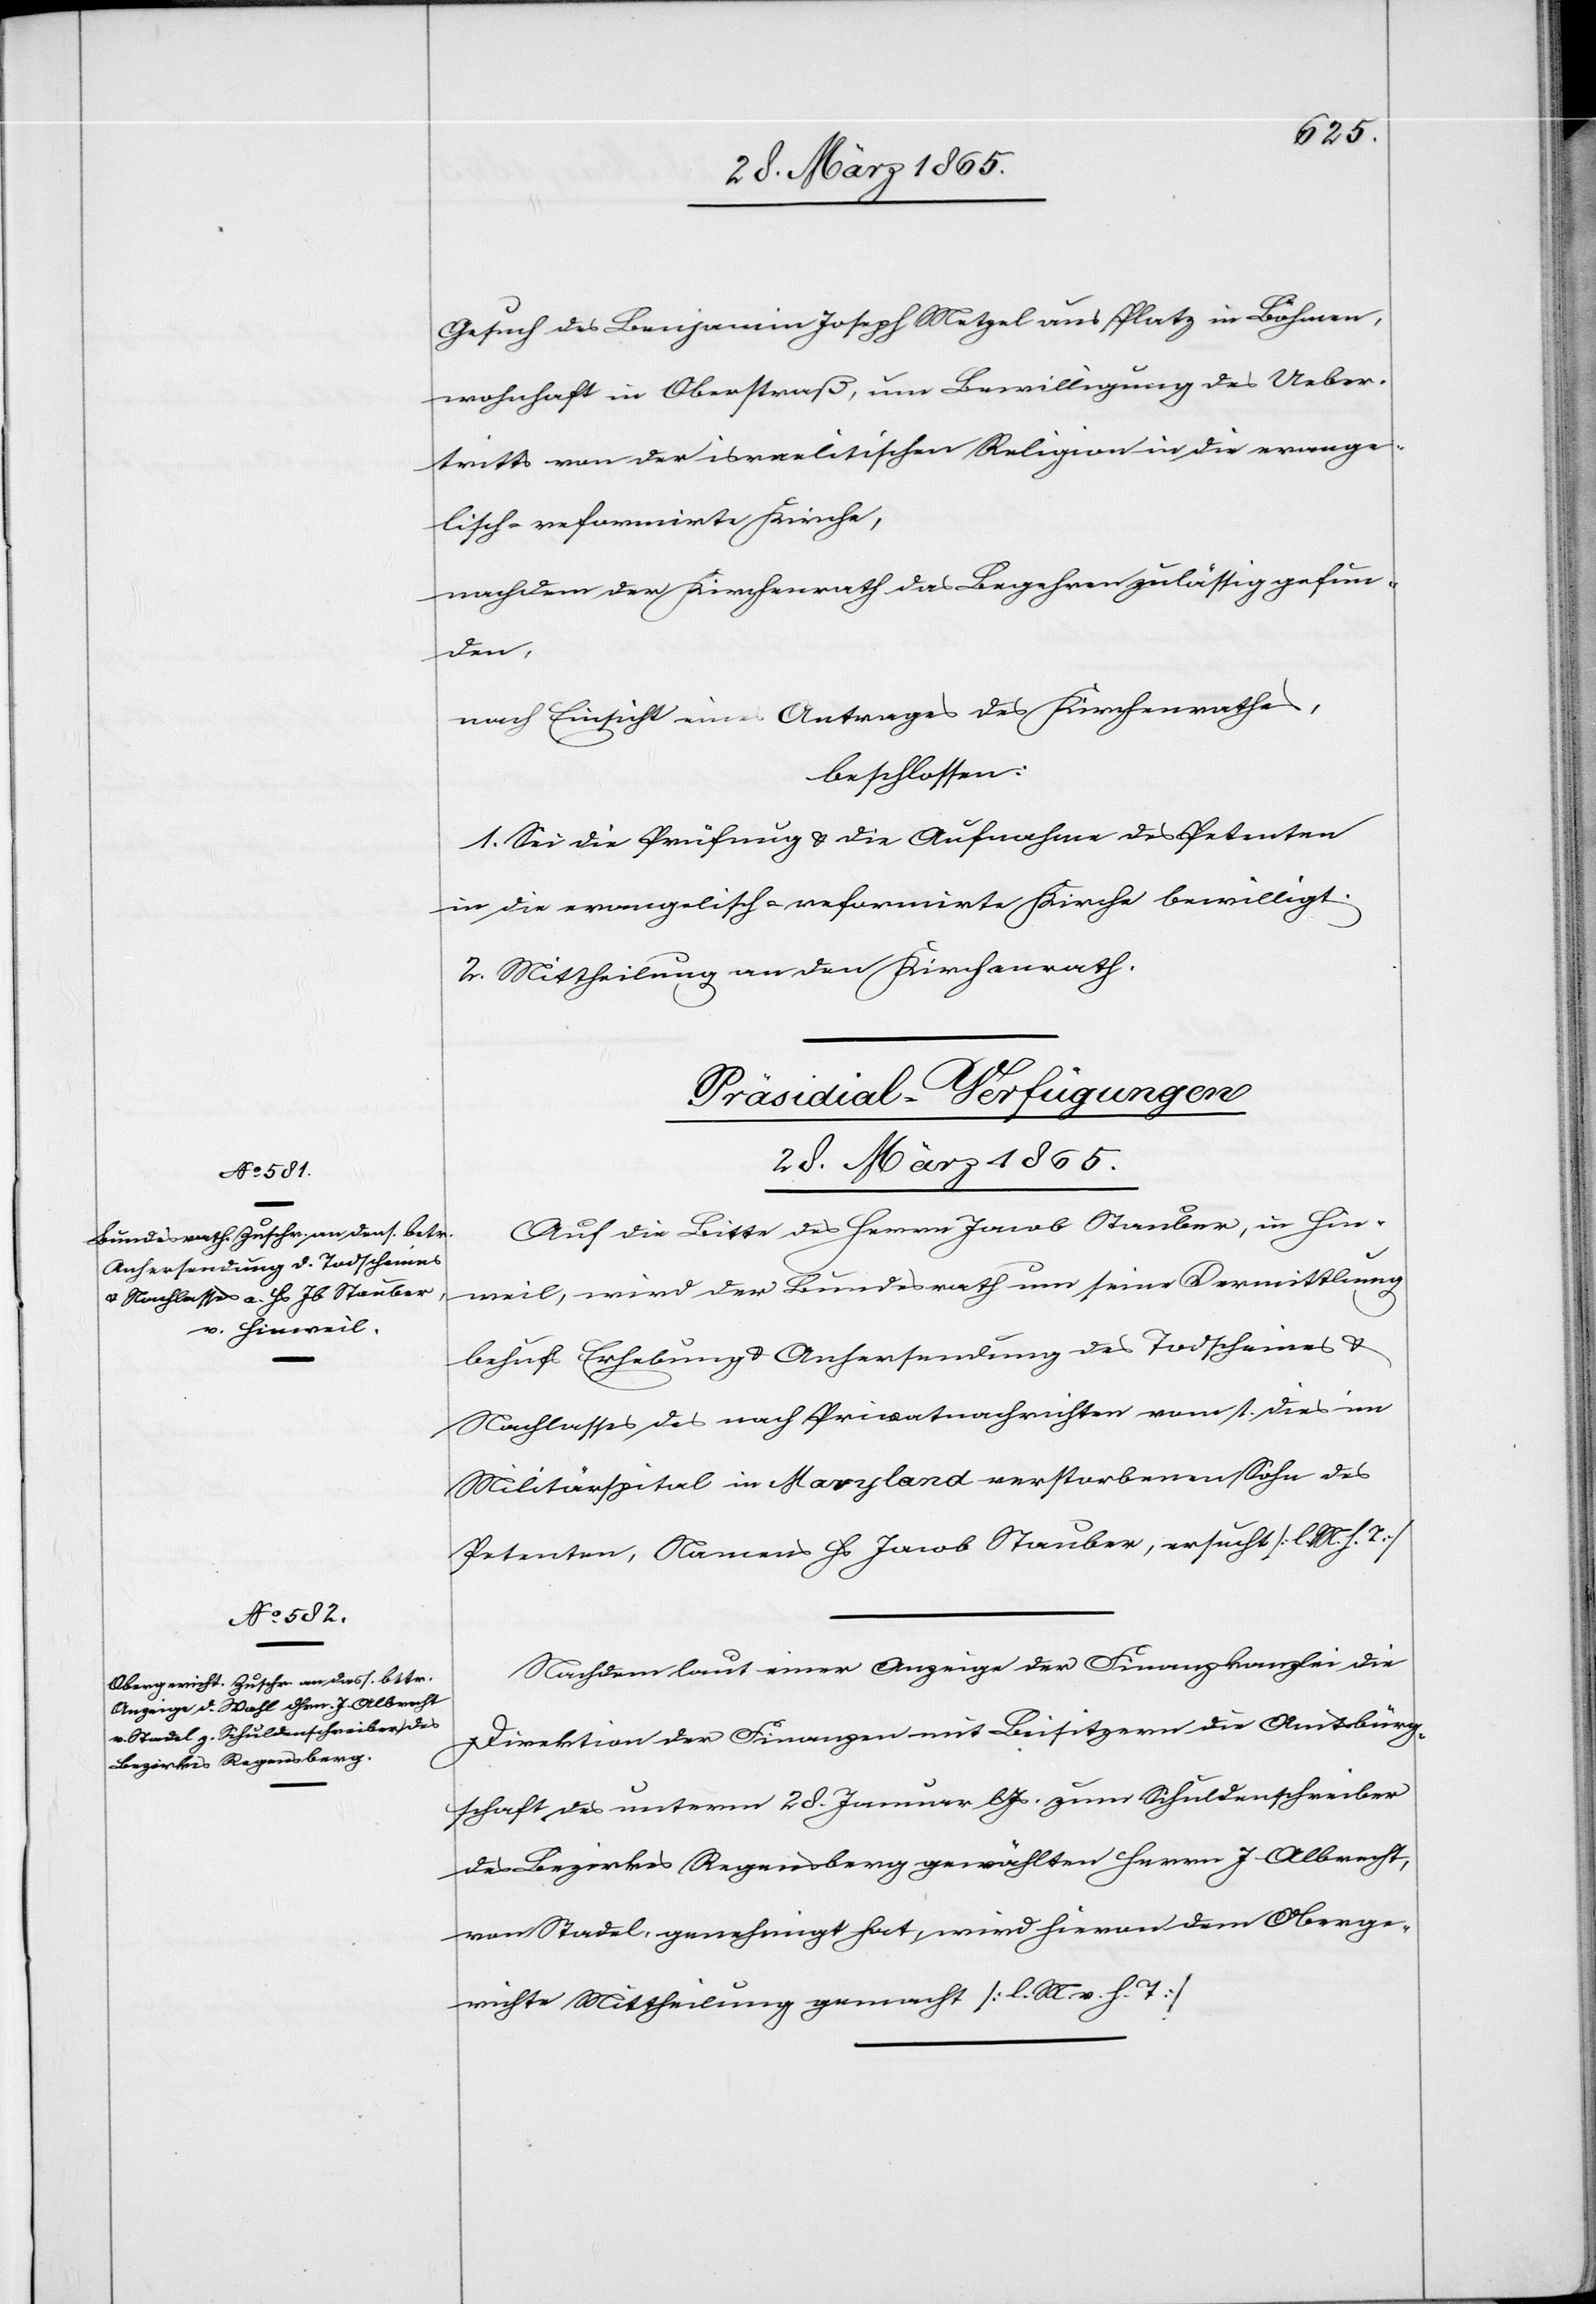
28. März 1865.]
Gesuch des Benjamin Joseph Metzel aus Platz in Böhmen,
wohnhaft in Oberstraß, um Bewilligung des Ueber¬
tritts von der israelitischen Religion in die evange¬
lisch-reformirte Kirche,
nachdem der Kirchenrath das Begehren zulässig gefun¬
den,
nach Einsicht eines Antrages des Kirchenrathes,
beschlossen:
1. Sei die Prüfung & die Aufnahme des Petenten
in die evangelisch-reformirte Kirche bewilligt.
2. Mittheilung an den Kirchenrath.
[Präsidial-Verfügungen
Auf die Bitte des Herrn Jacob Stauber, in Hin¬
weil, wird der Bundesrath um seine Vermittlung
behufs Erhebung & Anhersendung des Todscheines &
Nachlasses des nach Privatnachrichten vom 1. dies im
Militärspital in Maryland verstorbenen Sohn des
Petenten, Namens Hs Jacob Stauber, ersucht [l. M. h. T]
Nachdem laut einer Anzeige der Finanzkanzlei die
Direktion der Finanzen mit Beisitzern die Amtsbürg¬
schaft des unterm 28. Januar l Js. zum Schuldenschreiber
des Bezirkes Regensberg gewählten Herrn J Albrecht,
von Stadel, genehmigt hat, wird hievon dem Oberge¬
richte Mittheilung gemacht [l. M. v. h. T]